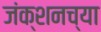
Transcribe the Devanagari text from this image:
जंक्शनच्या